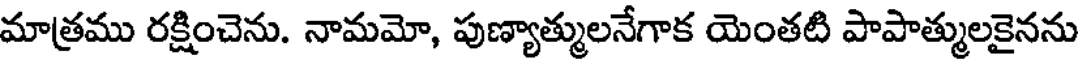
మాత్రము రక్షించెను. నామమో, పుణ్యాత్ములనేగాక యెంతటి పాపాత్ములకైనను